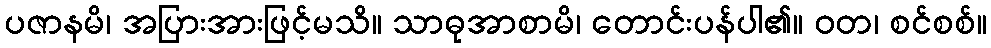
ပဇာနမိ၊ အပြားအားဖြင့်မသိ။ သာဓုအာစာမိ၊ တောင်းပန်ပါ၏။ ဝတ၊ စင်စစ်။